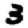
Digit: 3